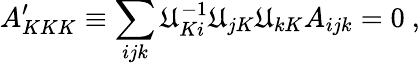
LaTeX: A_{KKK}^{\prime}\equiv\sum_{ijk}\mathfrak{U}_{Ki}^{-1}\mathfrak{U}_{jK}\mathfrak{U}_{kK}A_{ijk}=0\ ,